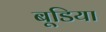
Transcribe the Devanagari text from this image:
बूडिया